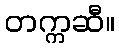
တက္ကဆီ။